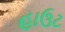
હાઉટ